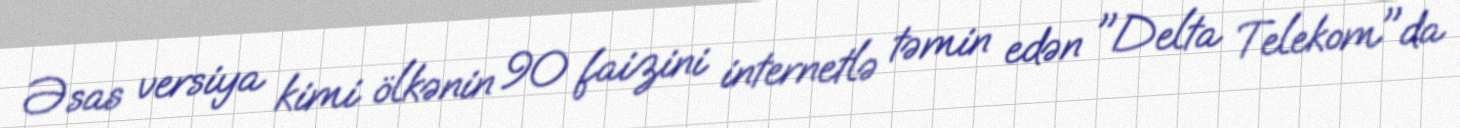
Əsas versiya kimi ölkənin 90 faizini internetlə təmin edən "Delta Telekom"da